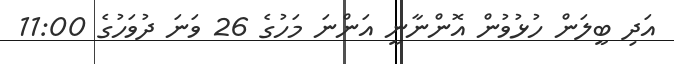
އަދި ބީލަން ހުޅުވުން އޮންނާނީ އަންނަ މަހުގެ 26 ވަނަ ދުވަހުގެ 11:00